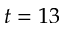
t = 1 3